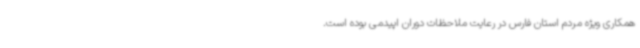
همکاری ویژه مردم استان فارس در رعایت ملاحظات دوران اپیدمی بوده است.